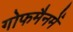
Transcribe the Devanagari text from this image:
गोफमैनमें